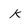
Character: K